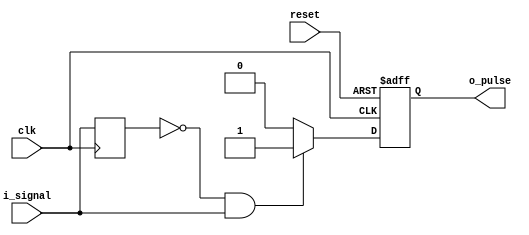
// Generator : SpinalHDL v1.6.0    git head : 73c8d8e2b86b45646e9d0b2e729291f2b65e6be3
// Component : RisingEdgePulse
// Git hash  : 103e88b66fece04edfdc6177def05623920a54e3



module RisingEdgePulse (
  input               i_signal,
  output              o_pulse,
  input               clk,
  input               reset
);
  reg                 previous_signal;
  reg                 rep;
  wire                when_RisingEdgePulse_l39;

  assign o_pulse = rep;
  assign when_RisingEdgePulse_l39 = ((previous_signal == 1'b0) && (i_signal == 1'b1));
  always @(posedge clk) begin
    previous_signal <= i_signal;
  end

  always @(posedge clk or posedge reset) begin
    if(reset) begin
      rep <= 1'b0;
    end else begin
      rep <= 1'b0;
      if(when_RisingEdgePulse_l39) begin
        rep <= 1'b1;
      end
    end
  end


endmodule